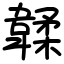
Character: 韖